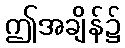
ဤအချိန်၌